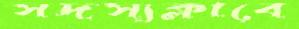
সদস্যক্লাবে